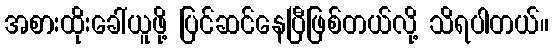
အစားထိုးခေါ်ယူဖို့ ပြင်ဆင်နေပြီဖြစ်တယ်လို့ သိရပါတယ်။